Annual report on the Civil Veterinary Department, Burma (including the Insein Veterinary School) - 1923-1931
Year: 1923
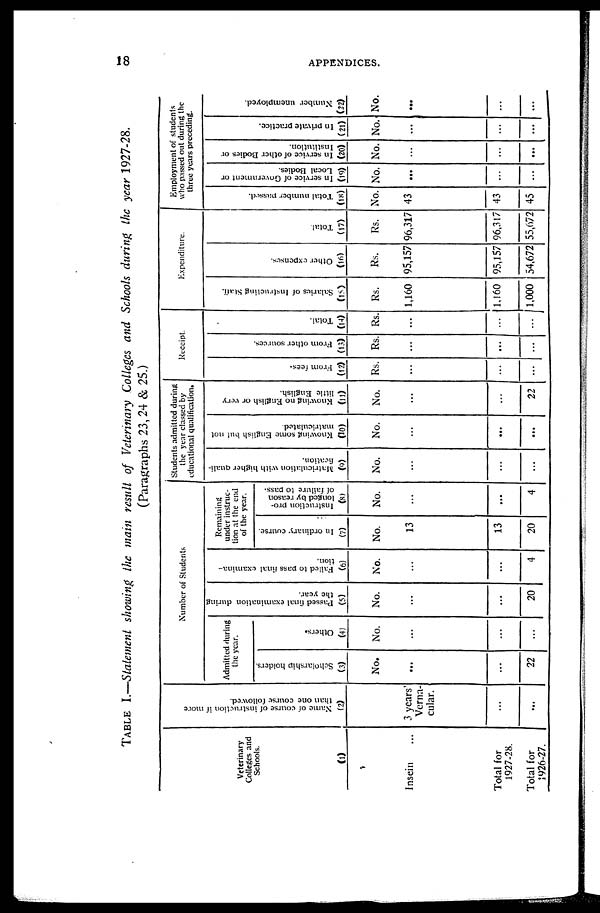
18
APPENDICES.
TABLE I.—Statement showing the main result of Veterinary Colleges and Schools during the year 1927-28.
(Paragraphs 23, 24 & 25.)
Veterinary
Colleges and
Schools.
(1)
Insein ...
Total for
1927-28.
Total for
1926-27.
Name of course of instruction if more
than one course followed.
(2)
3 years'
Verna-
cular.
...
...
Number of Students
Admitted during
the year.
Scholarship holders.
(3)
No.
...
...
22
Others.
(4)
No.
...
...
...
Passed final examination during
the year.
(5)
No.
...
...
20
Failed to pass final examina-
tion.
(6)
No.
...
...
4
Remaining
under instruc-
tion at the end
of the year.
In ordinary course.
(7)
No.
13
13
20
Instruction pro-
longed by reason
of failure to pass.
(8)
No.
...
...
4
Students admitted during
the year classed by
educational qualification.
Matriculation with higher quali-
fication.
(0)
No.
...
...
...
Knowing some English but not
matriculated.
(10)
No.
...
...
...
Knowing no English or very
little English.
(11)
No.
...
...
22
Receipt.
From fees.
(12)
Rs.
...
...
...
From other sources.
(13)
Rs.
...
...
...
Total.
(14)
Rs.
...
...
...
Expenditure.
Salaries of Instructing Staff.
(15)
Rs.
1,160
1,160
1,000
Other expenses.
(16)
Rs.
95,157
95,157
54,672
Total.
(17)
Rs.
96,317
96,317
55,672
Employment of students
who passed out during the
three years preceding.
Total number passed.
(18)
No.
43
43
45
In service of Government or
Local Bodies.
(19)
No.
...
...
...
In service of other Bodies or
Institution.
(20)
No.
...
...
...
In private practice.
(21)
No.
...
...
...
Number unemployed.
(22)
No.
...
...
...